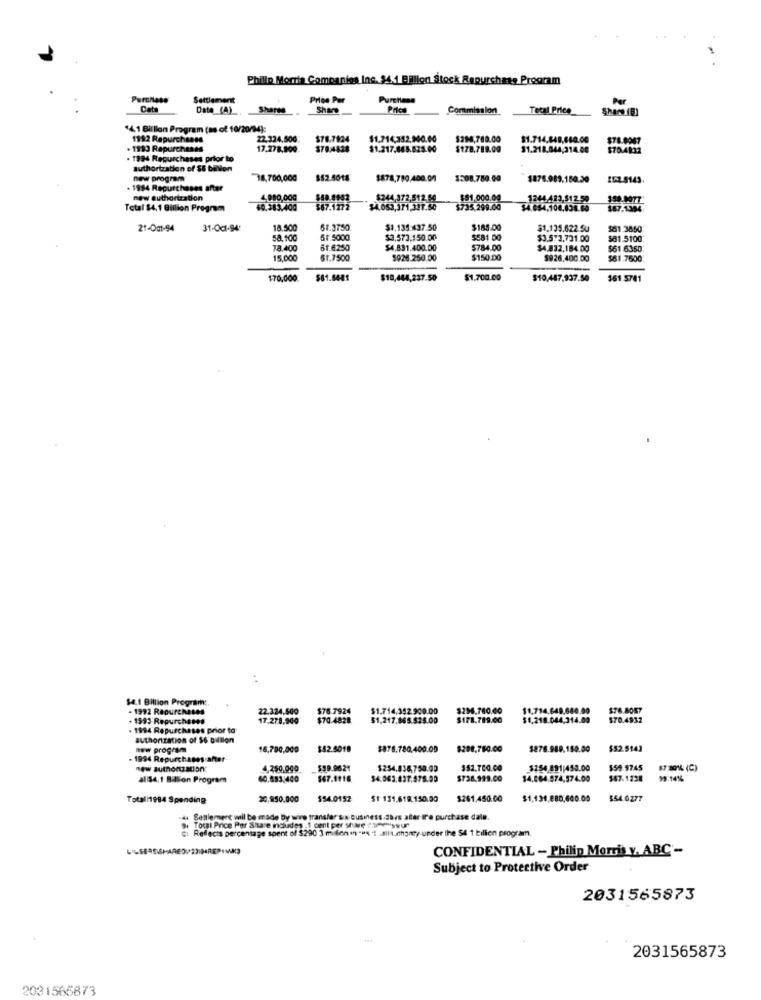
Philip Morris Companies Inc. $4.1 Billion Stock Repurchase Program
Purchase
Settlement
Price Per
Puretime
Per
Cata
Date (A)_
Shares
Share
Commisslon
Total Price
"4. 1 Billion Program (as of 10/20/14):
1992 Repurchases
22.324,500;
$78.7824
$1.714,352,900.00
$294,789.00
$1.714.648,660.00
$78.8967
.1993 Repurchases
17.278,909
$70.4638
$1.217,865.825.00
$178.719.00
$1.218.044,314.00
$70.4832
. 1994 Repurchases prior to
authorization of $8 billion
new program
18,700,000
$52.5018
$878,780,400.00
$508,780.00
$876.989.150.50
. 1984 Repurchases after
new authortration
4,980,000
$50.8982
$244.372.512.50
$81,000.00
1244 483.512.50
Total $4,1 Billion Program
69.383.400
$4.053,371,337.50
$735.299.00
187.139
21-0at-94
31-Oct-94:
18.500
61.3750
$1,135.437.50
$185.00
$1.135.622.50
$61.3850
51.5000
$3.573.150.00
$581.00
$3.573,731.00
$81.5100
78,400
61.6250
$4,831.400.00
$784.00
$4.832.184.00
$61.6350
15,000
61.7500
$926.250.00
$150.00
$926,400 DO
$61.7600
170,000
$10,464,237.50
$1.700.00
$10,487,937.50
$61.5741
$4.1 Billion Program:
- 1992 Rapurchases
22,324,600
$76.7924
$1.714,352.900.00
$296.740.00
$1,714,649,680.00
$76.8057
- 1993 Repurcha##
17.278,900
$70.4828
$1,217.865.525.00
$171.719.00
$1,218.044,314.00
$70.4932
. 1994 Repurchases prior to
authorization of $6 billion
new program
16,700,000
$52.5018
$878.780,400.00
$288.780.00
$876.989.180.00
$52.5143
1994 Repurchases after
4,250.000
$49.9624
$254.836,750.00
352.700.00
$254 891|450.00
$59.9745
all$4.1 Billion Program
60,593,400
$67.1118
34.003.037.975.00
$738.999.00
34.084.974,574.00
$47.1238
99:14%
Totali1984 Spending
20,850.000
$54.0152
$1 131.618.150:30
$261.450.00
$1,134.880,600.00
$54.0277
.da Settlement will be made by wire transfer sin business-3bvs atter Ir'e purchase dale.
C: Reflects percentage spent of $290 3 million . ""': allt,chant/ under the 54 1 billion program.
.Total Price Per Share indudes .1 cent per shwe famessur
CONFIDENTIAL - Philip Morris v. ABC -
Subject to Protective Order
2031565873
2031565873
2031565873